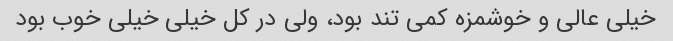
خیلی عالی و خوشمزه کمی تند بود، ولی در کل خیلی خیلی خوب بود